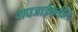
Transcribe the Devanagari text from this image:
वाघजाईकडील